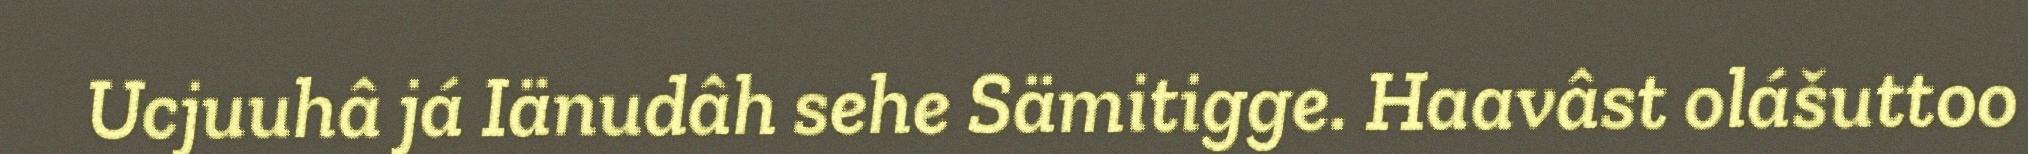
Ucjuuhâ já Iänudâh sehe Sämitigge. Haavâst olášuttoo